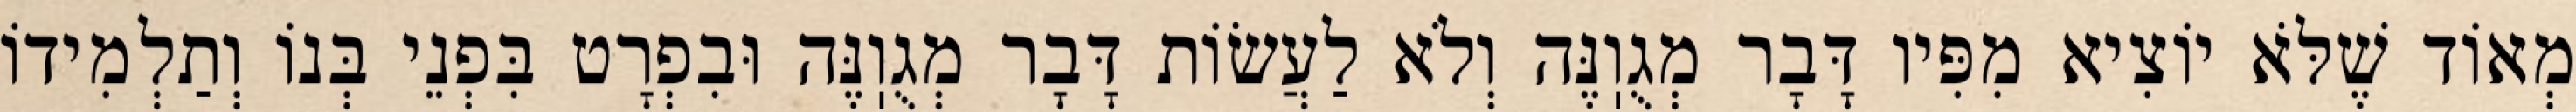
מְאוֹד שֶׁלֹּא יוֹצִיא מִפִּיו דָּבָר מְגֻוֽנֶּה וְלֹא לַעֲשׂוֹת דָּבָר מְגֻוֽנֶּה וּבִפְרָט בִּפְנֵי בְּנוֹ וְתַלְמִידוֹ